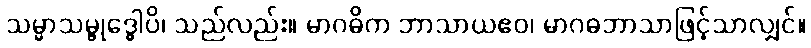
သမ္မာသမ္ဗုဒ္ဓေါပိ၊ သည်လည်း။ မာဂဓိက ဘာသာယဧဝ၊ မာဂဓဘာသာဖြင့်သာလျှင်။